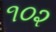
૧૦૨